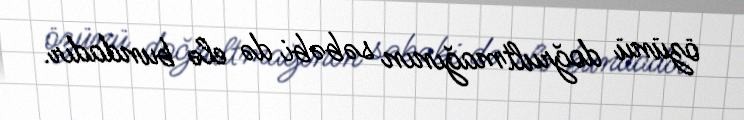
özünü doğrultmağının səbəbi də elə bundadır.